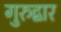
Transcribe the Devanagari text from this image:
गुरुद्वार